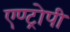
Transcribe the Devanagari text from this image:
एण्ट्रोपी